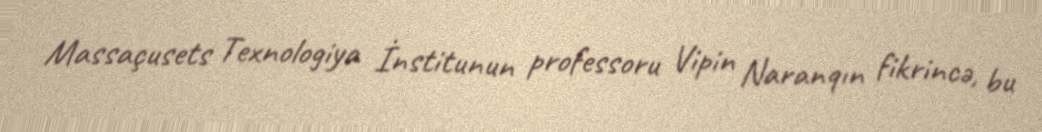
Massaçusets Texnologiya İnstitunun professoru Vipin Naranqın fikrincə, bu